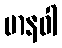
မာနဝါ